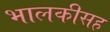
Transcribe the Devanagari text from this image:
भालकीसह